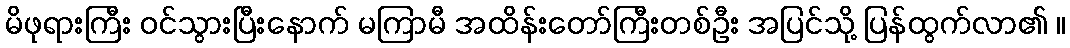
မိဖုရားကြီး ဝင်သွားပြီးနောက် မကြာမီ အထိန်းတော်ကြီးတစ်ဦး အပြင်သို့ ပြန်ထွက်လာ၏ ။